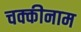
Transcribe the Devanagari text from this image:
चक्कीनाम